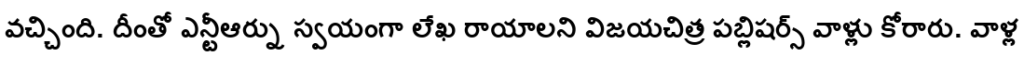
వచ్చింది. దీంతో ఎన్టీఆర్ను స్వయంగా లేఖ రాయాలని విజయచిత్ర పబ్లిషర్స్ వాళ్లు కోరారు. వాళ్ల